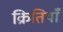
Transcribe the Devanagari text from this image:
क्रितियाँ